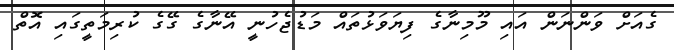
ގެއަށް ވަންނަން އައި މޫމިނާގެ ފިޔަވަޅުތައް މަޑުޖެހުނީ އޭނާގެ ގޭގެ ކުރިމަތީގައި އޮތް